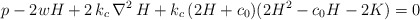
\begin{align*}p-2wH+2\,k_{c}\, \nabla^2\, H+k_{c}\,(2H+c_{0})(2H^2-c_{0}H-2K)=0\end{align*}